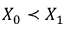
X _ { 0 } \prec X _ { 1 }